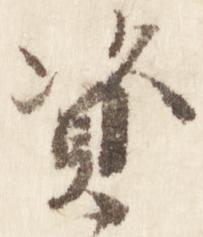
資